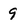
Character: 9